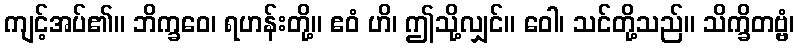
ကျင့်အပ်၏။ ဘိက္ခဝေ၊ ရဟန်းတို့။ ဧဝံ ဟိ၊ ဤသို့လျှင်။ ဝေါ၊ သင်တို့သည်။ သိက္ခိတဗ္ဗံ၊